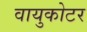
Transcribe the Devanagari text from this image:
वायुकोटर